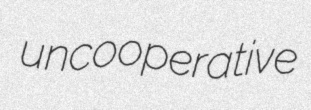
uncooperative